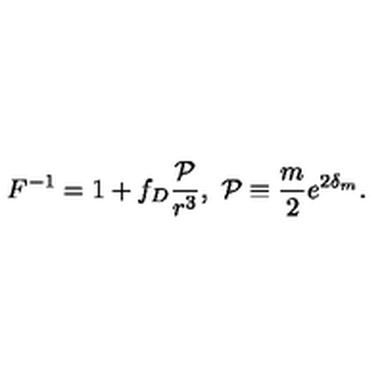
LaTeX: F ^ { - 1 } = 1 + f _ { D } { \frac { \cal P } { r ^ { 3 } } } , \ { \cal P } \equiv { \frac { m } { 2 } } e ^ { 2 \delta _ { m } } .